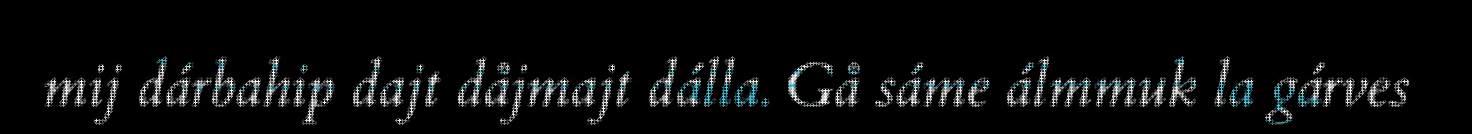
mij dárbahip dajt dåjmajt dálla. Gå sáme álmmuk la gárves